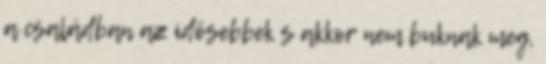
a családban az idõsebbek s akkor nem buknak meg,